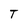
Character: T